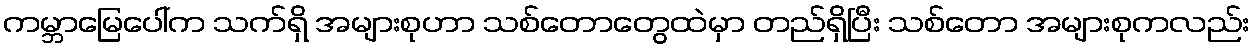
ကမ္ဘာမြေပေါ်က သက်ရှိ အများစုဟာ သစ်တောတွေထဲမှာ တည်ရှိပြီး သစ်တော အများစုကလည်း